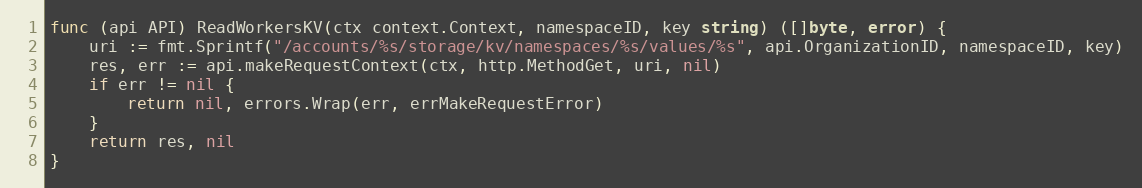
Language: Go
func (api API) ReadWorkersKV(ctx context.Context, namespaceID, key string) ([]byte, error) {
	uri := fmt.Sprintf("/accounts/%s/storage/kv/namespaces/%s/values/%s", api.OrganizationID, namespaceID, key)
	res, err := api.makeRequestContext(ctx, http.MethodGet, uri, nil)
	if err != nil {
		return nil, errors.Wrap(err, errMakeRequestError)
	}
	return res, nil
}